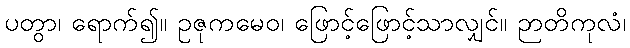
ပတွာ၊ ရောက်၍။ ဥဇုကမေဝ၊ ဖြောင့်ဖြောင့်သာလျှင်။ ဉာတိကုလံ၊